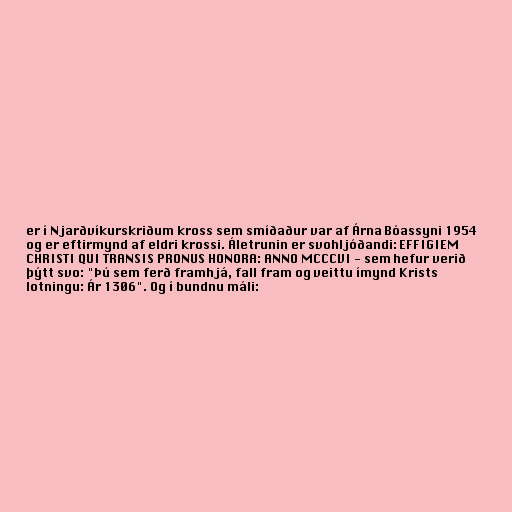
er í Njarðvíkurskriðum kross sem smíðaður var af Árna Bóassyni 1954
og er eftirmynd af eldri krossi. Áletrunin er svohljóðandi: EFFIGIEM
CHRISTI QUI TRANSIS PRONUS HONORA: ANNO MCCCVI - sem hefur verið
þýtt svo: "Þú sem ferð framhjá, fall fram og veittu ímynd Krists
lotningu: Ár 1306". Og í bundnu máli: